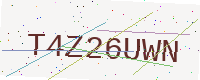
Text: T4Z26UWN